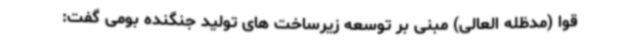
قوا (مدظله العالی) مبنی بر توسعه زیرساخت های تولید جنگنده بومی گفت: